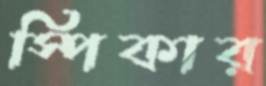
স্পিকার